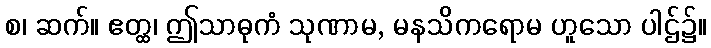
စ၊ ဆက်။ ဧတ္ထ၊ ဤသာဓုကံ သုဏာမ, မနသိကရောမ ဟူသော ပါဌ်၌။